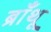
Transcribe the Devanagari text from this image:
ब्राँथू